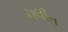
ચલીત